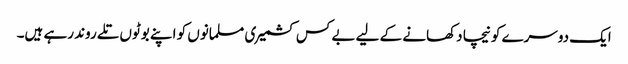
ایک دوسرے کو نیچا دکھانے کے لیے بے کس کشمیری مسلمانوں کو اپنے بوٹوں تلے روند رہے ہیں۔